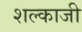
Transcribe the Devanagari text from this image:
शल्काजी